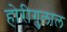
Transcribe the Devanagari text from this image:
होरीगुलाल